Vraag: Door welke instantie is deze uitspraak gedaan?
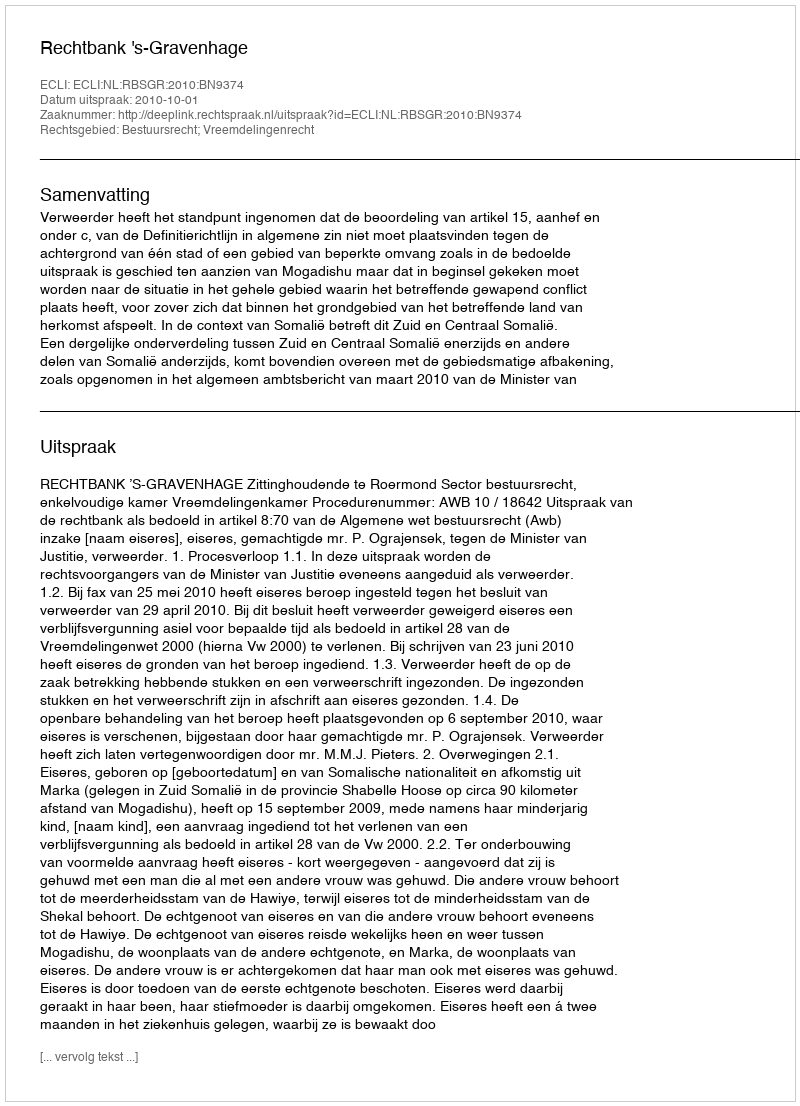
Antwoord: Rechtbank 's-Gravenhage